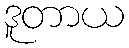
ဒူတာယ